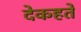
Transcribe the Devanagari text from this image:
देकहते